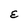
Character: E